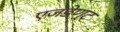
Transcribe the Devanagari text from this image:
एजंडेण्ट